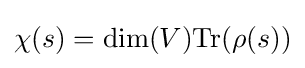
\chi (s)=\dim(V){\text{Tr}}(\rho (s))